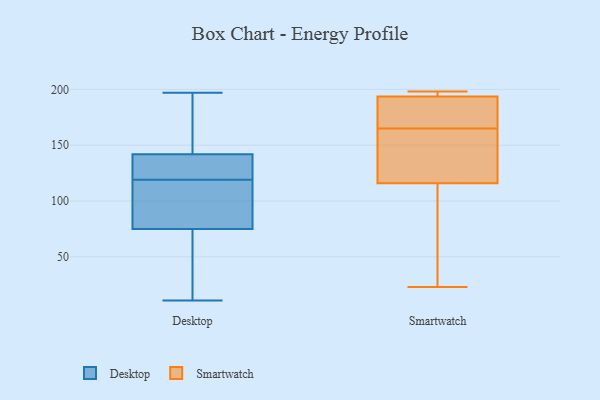
{"axis": {"x": "Active Users", "y": "Value"}, "legend": ["Desktop", "Smartwatch"], "data": [{"x": "", "y": 197, "type": "Desktop"}, {"x": "", "y": 98, "type": "Desktop"}, {"x": "", "y": 133, "type": "Desktop"}, {"x": "", "y": 145, "type": "Desktop"}, {"x": "", "y": 45, "type": "Desktop"}, {"x": "", "y": 189, "type": "Desktop"}, {"x": "", "y": 112, "type": "Desktop"}, {"x": "", "y": 11, "type": "Desktop"}, {"x": "", "y": 126, "type": "Desktop"}, {"x": "", "y": 47, "type": "Desktop"}, {"x": "", "y": 96, "type": "Desktop"}, {"x": "", "y": 130, "type": "Desktop"}, {"x": "", "y": 145, "type": "Desktop"}, {"x": "", "y": 142, "type": "Desktop"}, {"x": "", "y": 128, "type": "Desktop"}, {"x": "", "y": 31, "type": "Desktop"}, {"x": "", "y": 93, "type": "Desktop"}, {"x": "", "y": 75, "type": "Desktop"}, {"x": "", "y": 195, "type": "Smartwatch"}, {"x": "", "y": 23, "type": "Smartwatch"}, {"x": "", "y": 113, "type": "Smartwatch"}, {"x": "", "y": 197, "type": "Smartwatch"}, {"x": "", "y": 158, "type": "Smartwatch"}, {"x": "", "y": 36, "type": "Smartwatch"}, {"x": "", "y": 183, "type": "Smartwatch"}, {"x": "", "y": 189, "type": "Smartwatch"}, {"x": "", "y": 198, "type": "Smartwatch"}, {"x": "", "y": 165, "type": "Smartwatch"}, {"x": "", "y": 125, "type": "Smartwatch"}]}